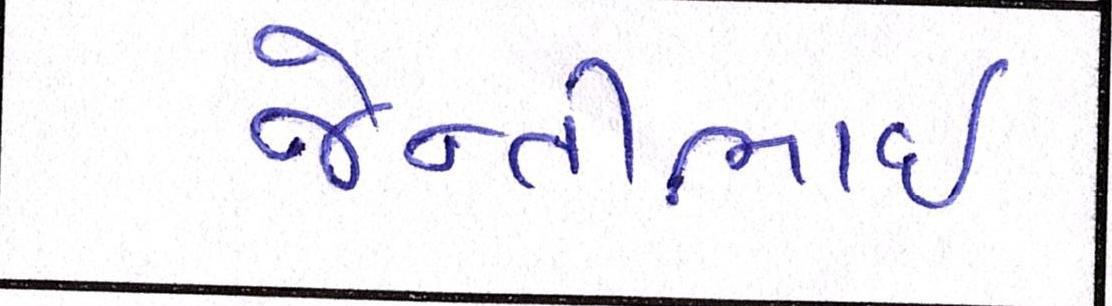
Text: જેન્તીભાઈ